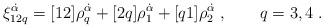
\begin{align*} \xi^{\dot\alpha}_{12q} = [12]\rho_q^{\dot\alpha} + [2q] \rho_1^{\dot\alpha} + [q1] \rho_2^{\dot\alpha}\;, \qquad q=3,4\;.\end{align*}